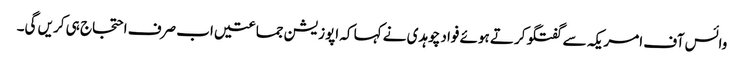
وائس آف امریکہ سے گفتگو کرتے ہوئے فواد چوہدی نے کہا کہ اپوزیشن جماعتیں اب صرف احتجاج ہی کریں گی۔